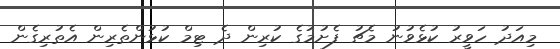
މިއަދު ހަވީރު ކުޅެވުނު މެޗު ފެށުމުގެ ކުރިން ދެ ޓިމް ކުޅުންތެރިން އެތުރިގެން